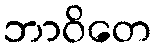
ဘာဝိတေ